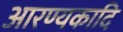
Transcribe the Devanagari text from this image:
आरण्यकादि